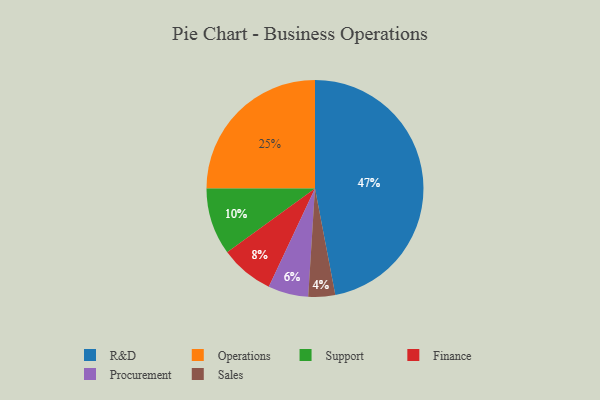
{"axis": {"x": "Category", "y": "Percentage"}, "legend": ["Finance", "Operations", "Procurement", "R&D", "Sales", "Support"], "data": [{"x": "R&D", "y": 47, "type": "R&D"}, {"x": "Procurement", "y": 6, "type": "Procurement"}, {"x": "Support", "y": 10, "type": "Support"}, {"x": "Operations", "y": 25, "type": "Operations"}, {"x": "Sales", "y": 4, "type": "Sales"}, {"x": "Finance", "y": 8, "type": "Finance"}]}